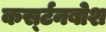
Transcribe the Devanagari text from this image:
कर्स्‍टनबोश